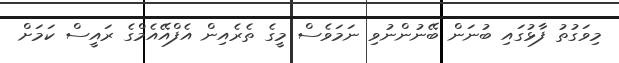
މިވަގުތު ފާޅުގައި ބުނަން ބޭނުންނުވި ނަމަވެސް މީގެ ތެރެއިން އެފްއޭއެމްގެ ރައީސް ކަމަށް